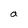
Character: a